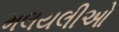
મલયલીઓ